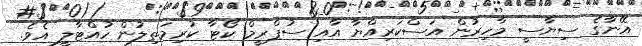
އޭނާގެ ސިޔާސީ މާހިރުން އަސްކަރިއްޔާ އާއި ސުޕްރީމް ކޯޓާ ކުރިމަތިލުން ހުއްޓާލީ އެވެ.